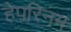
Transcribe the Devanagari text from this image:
हेपरिनम